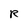
Character: R